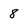
Character: 8